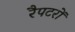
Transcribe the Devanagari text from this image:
रैपटरों